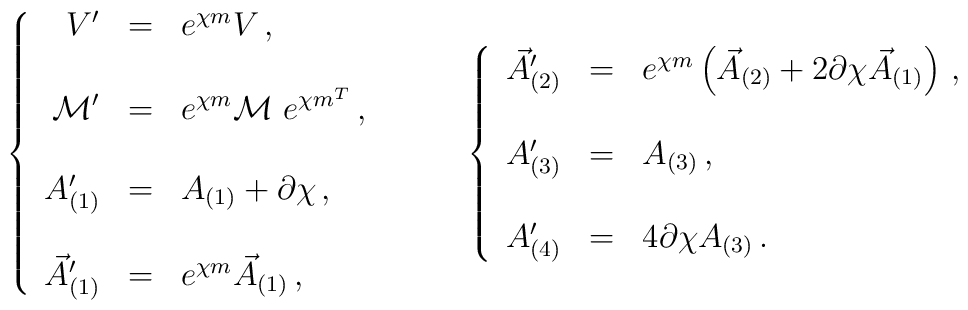
\left\{\begin{array}{rcl}V^{\prime} & = & e^{\chi m} V\, ,\\& & \\{\cal M}^{\prime} & = & e^{\chi m} {\cal M}\ e^{\chi m^{T}}\, ,\\& & \\A_{(1)}^{\prime} & = & A_{(1)} +\partial\chi\, ,\\& & \\\vec{A}_{(1)}^{\prime} & = & e^{\chi m}\vec{A}_{(1)}\, ,\\\end{array}\right.\hspace{1cm}\left\{\begin{array}{rcl}\vec{A}_{(2)}^{\prime} & = &  e^{\chi m}\left(\vec{A}_{(2)}+2\partial\chi \vec{A}_{(1)}\right)\, ,\\& & \\A_{(3)}^{\prime} & = & A_{(3)}\, ,\\& & \\A_{(4)}^{\prime} & = & 4\partial\chi A_{(3)}\, .\\\end{array}\right.